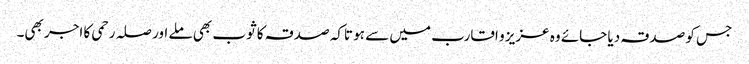
جس کو صدقہ دیا جائے وہ عزیز و اقارب میں سے ہو تاکہ صدقہ کا ثوب بھی ملے اور صلہ رحمی کا اجر بھی۔